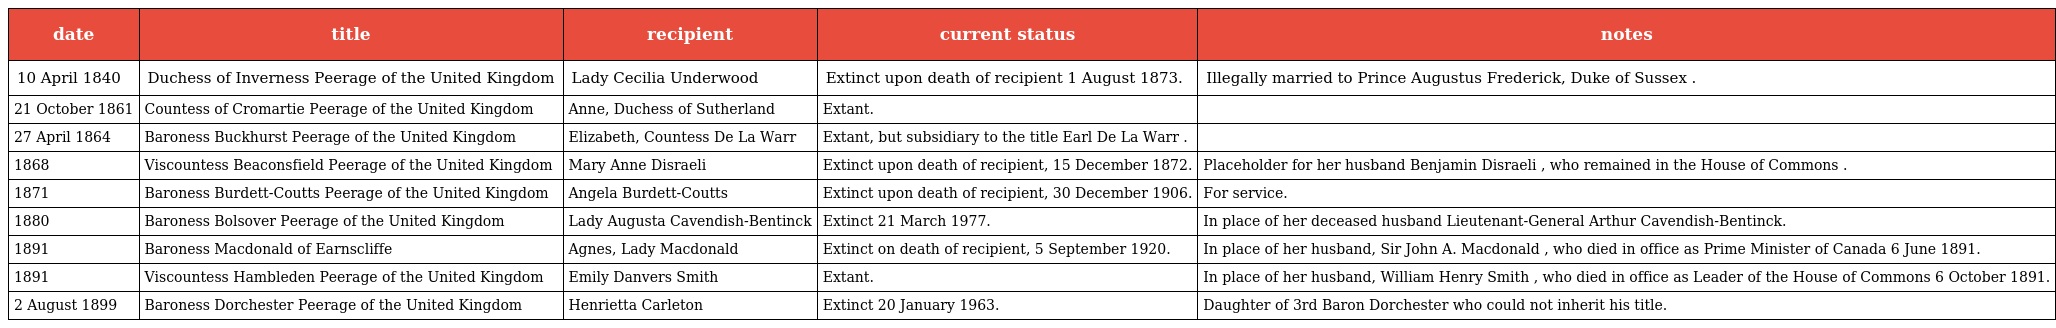
| date | title | recipient | current status | notes |
 | --- | --- | --- | --- | --- |
 | 10 April 1840 | Duchess of Inverness Peerage of the United Kingdom | Lady Cecilia Underwood | Extinct upon death of recipient 1 August 1873. | Illegally married to Prince Augustus Frederick, Duke of Sussex . |
 | 21 October 1861 | Countess of Cromartie Peerage of the United Kingdom | Anne, Duchess of Sutherland | Extant. |  |
 | 27 April 1864 | Baroness Buckhurst Peerage of the United Kingdom | Elizabeth, Countess De La Warr | Extant, but subsidiary to the title Earl De La Warr . |  |
 | 1868 | Viscountess Beaconsfield Peerage of the United Kingdom | Mary Anne Disraeli | Extinct upon death of recipient, 15 December 1872. | Placeholder for her husband Benjamin Disraeli , who remained in the House of Commons . |
 | 1871 | Baroness Burdett-Coutts Peerage of the United Kingdom | Angela Burdett-Coutts | Extinct upon death of recipient, 30 December 1906. | For service. |
 | 1880 | Baroness Bolsover Peerage of the United Kingdom | Lady Augusta Cavendish-Bentinck | Extinct 21 March 1977. | In place of her deceased husband Lieutenant-General Arthur Cavendish-Bentinck. |
 | 1891 | Baroness Macdonald of Earnscliffe | Agnes, Lady Macdonald | Extinct on death of recipient, 5 September 1920. | In place of her husband, Sir John A. Macdonald , who died in office as Prime Minister of Canada 6 June 1891. |
 | 1891 | Viscountess Hambleden Peerage of the United Kingdom | Emily Danvers Smith | Extant. | In place of her husband, William Henry Smith , who died in office as Leader of the House of Commons 6 October 1891. |
 | 2 August 1899 | Baroness Dorchester Peerage of the United Kingdom | Henrietta Carleton | Extinct 20 January 1963. | Daughter of 3rd Baron Dorchester who could not inherit his title. |